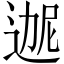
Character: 𬨬